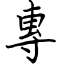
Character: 專